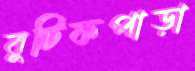
বুটিকপাড়া